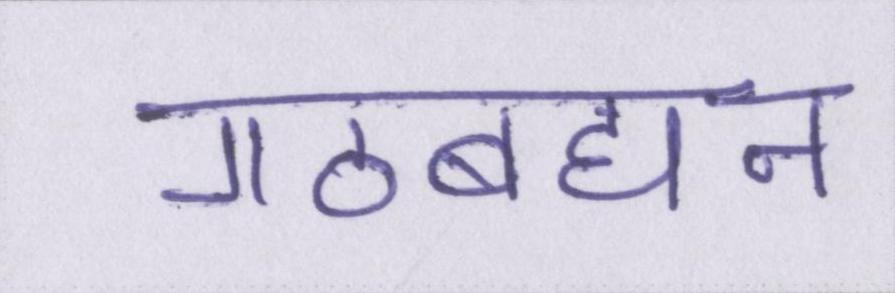
गठबंधन